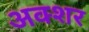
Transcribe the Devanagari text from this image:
अक्शर